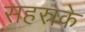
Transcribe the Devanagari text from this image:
सहस्रके